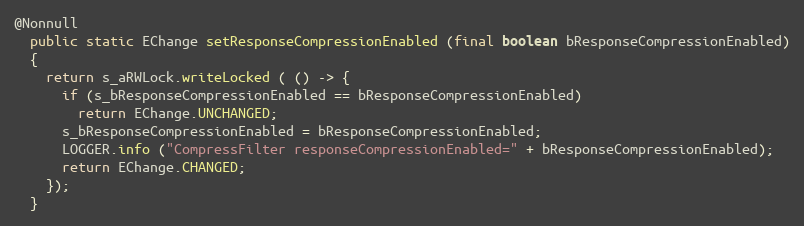
Language: Java
@Nonnull
  public static EChange setResponseCompressionEnabled (final boolean bResponseCompressionEnabled)
  {
    return s_aRWLock.writeLocked ( () -> {
      if (s_bResponseCompressionEnabled == bResponseCompressionEnabled)
        return EChange.UNCHANGED;
      s_bResponseCompressionEnabled = bResponseCompressionEnabled;
      LOGGER.info ("CompressFilter responseCompressionEnabled=" + bResponseCompressionEnabled);
      return EChange.CHANGED;
    });
  }